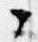
々